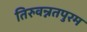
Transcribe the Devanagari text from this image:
तिरुवन्नतपुरम